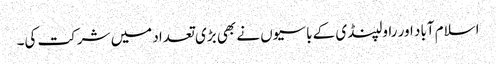
اسلام آباد اور راولپنڈی کے باسیوں نے بھی بڑی تعداد میں شرکت کی۔